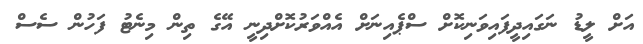
އަށް ލީޑު ނަގައިދީފައިވަނިކޮށް ސްޕެއިނަށް އެއްވަރުކޮށްދިނީ އޭގެ ތިން މިނެޓު ފަހުން ސެސް